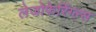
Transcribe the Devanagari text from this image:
लेजोफेरिंग्ल्स